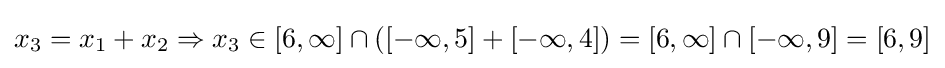
x_{3}=x_{1}+x_{2}\Rightarrow x_{3}\in [6,\infty ]\cap ([-\infty ,5]+[-\infty ,4])=[6,\infty ]\cap [-\infty ,9]=[6,9]